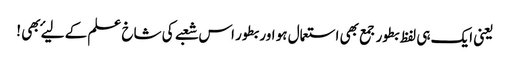
یعنی ایک ہی لفظ بطور جمع بھی استعمال ہو اور بطور اس شعبے کی شاخ علم کے لیۓ بھی !